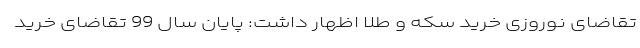
تقاضای نوروزی خرید سکه و طلا اظهار داشت: پایان سال 99 تقاضای خرید